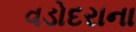
વડોદરાના